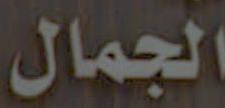
الجمال